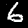
Label: 6